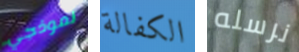
نموذجي الكفالة نرسله